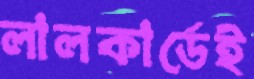
লালকার্ডেই